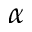
\alpha